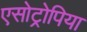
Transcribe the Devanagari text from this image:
एसोट्रोपिया